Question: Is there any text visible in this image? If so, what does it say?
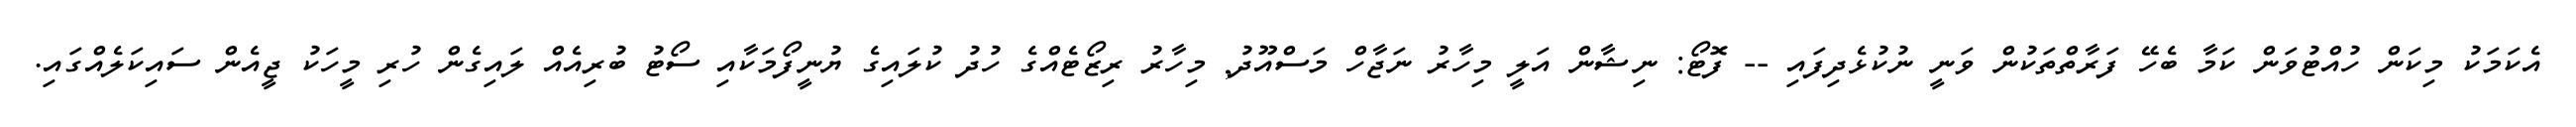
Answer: އެކަމަކު މިކަން ހުއްޓުވަން ކަމާ ބެހޭ ފަރާތްތަކުން ވަނީ ނުކުޅެދިފައި -- ފޮޓޯ: ނިޝާން އަލީ މިހާރު ނަޖާހް މަސްއޫދު, މިހާރު ރިޒޯޓެއްގެ ހުދު ކުލައިގެ ޔުނީފޯމަކާއި ސޯޓު ބުރިއެއް ލައިގެން ހުރި މީހަކު ޖީއެން ސައިކަލެއްގައި.